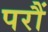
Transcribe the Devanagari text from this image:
परौं